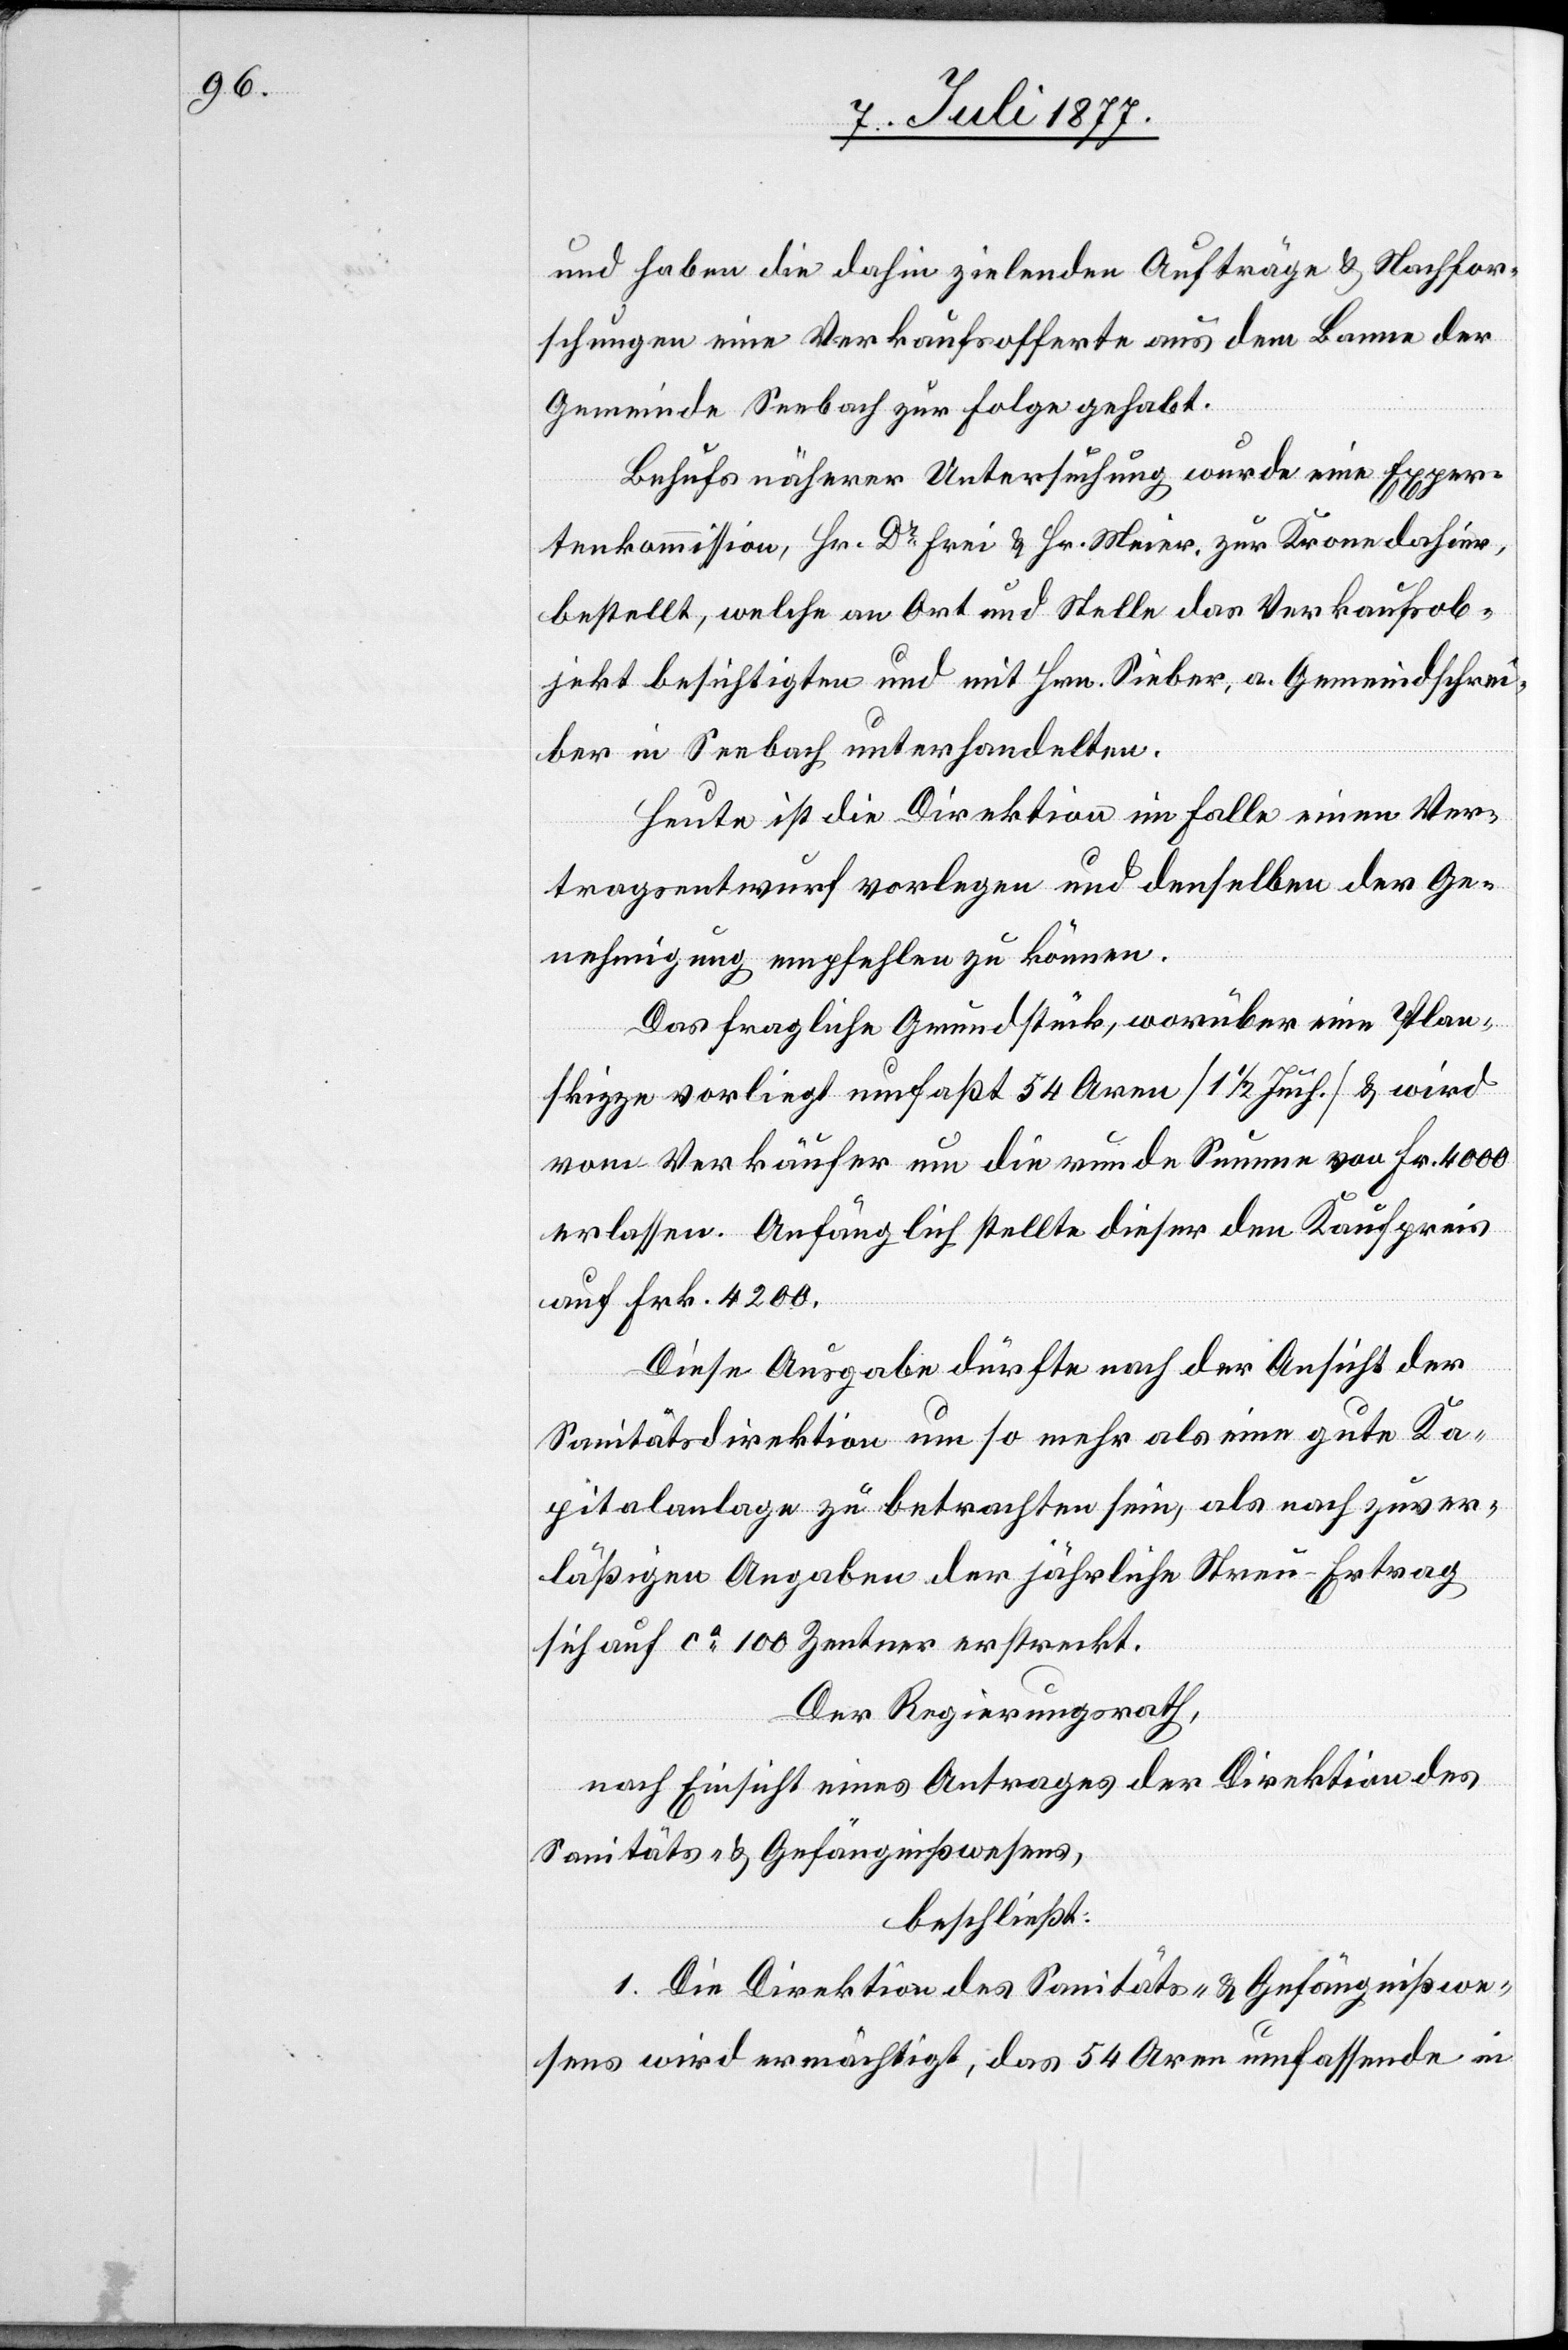
und haben die dahin zielenden Aufträge & Nachfor¬
schungen eine Verkaufsofferte aus dem Banne der
Gemeinde Seebach zur Folge gehabt.
Behufs näherer Untersuchung wurde eine Exper¬
tenkommission, Hr. Dr Frei & Hr. Meier, zur Krone dahier,
bestellt, welche an Ort und Stelle das Verkaufsob¬
jekt besichtigten und mit Hrn. Sieber, a. Gemeindschrei¬
ber in Seebach unterhandelten.
Heute ist die Direktion im Falle einen Ver¬
tragsentwurf vorlegen und denselben der Ge¬
nehmigung empfehlen zu können.
Das fragliche Grundstück, worüber eine Plan¬
skizze vorliegt umfaßt 54 Aren [1 1/2 Juch.] & wird
vom Verkäufer um die runde Summe von Fr. 4000
erlassen. Anfänglich stellte dieser den Kaufpreis
auf Frk. 4200.
Diese Ausgabe dürfte nach der Ansicht der
Sanitätsdirektion um so mehr als eine gute Ka¬
pitalanlage zu betrachten sein, als nach zuver¬
läßigen Angaben der jährliche Streu-Ertrag
sich auf ca 100 Zentner erstreckt.
Der Regierungsrath,
nach Einsicht eines Antrages der Direktion des
Sanitäts- & Gefängnißwesens,
beschließt:
1. Die Direktion des Sanitäts- & Gefängnißwe¬
sens wird ermächtigt, das 54 Aren umfassende in